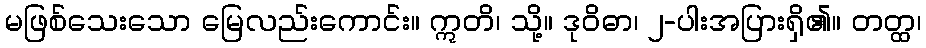
မဖြစ်သေးသော မြေလည်းကောင်း။ ဣတိ၊ သို့။ ဒုဝိဓာ၊ ၂-ပါးအပြားရှိ၏။ တတ္ထ၊